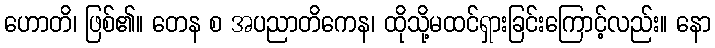
ဟောတိ၊ ဖြစ်၏။ တေန စ အပညာတိကေန၊ ထိုသို့မထင်ရှားခြင်းကြောင့်လည်း။ နော